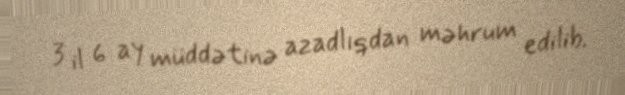
3 il 6 ay müddətinə azadlıqdan məhrum edilib.